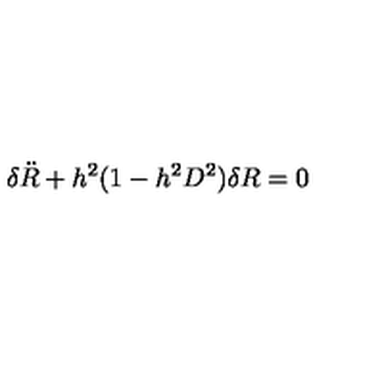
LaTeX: \delta { \ddot { R } } + h ^ { 2 } ( 1 - h ^ { 2 } D ^ { 2 } ) \delta R = 0